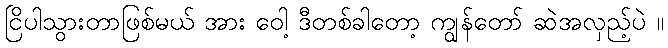
ငြိပါသွားတာဖြစ်မယ် အား ဝေါ့ ဒီတစ်ခါတော့ ကျွန်တော် ဆဲအလှည့်ပဲ ။